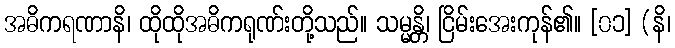
အဓိကရဏာနိ၊ ထိုထိုအဓိကရုဏ်းတို့သည်။ သမ္မန္တိ၊ ငြိမ်းအေးကုန်၏။ [၀၁] (နိ၊